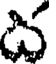
ద